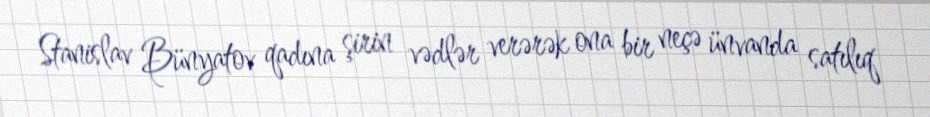
Stanislav Bünyatov qadına şirin vədlər verərək ona bir neçə ünvanda satılıq